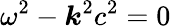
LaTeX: \omega^{2}-\boldsymbol{k}^{2}c^{2}=0